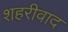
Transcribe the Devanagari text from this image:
शहरीवाद